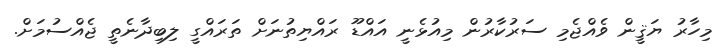
މިހާރު ޔަޤީން ވެއްޖެމި ސަރުކާރުން މިއުޅެނީ އައްޑޫ ރައްޔިތުނަށް ތަރައްގީ ލިބިދާނެތީ ޖެއްސުމަށް.